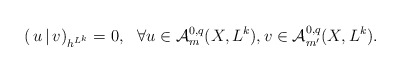
\begin{align*}(\,u\,|\,v)_{h^{L^k}}=0,\ \ \forall u\in\mathcal{A}^{0,q}_m(X,L^k), v\in\mathcal{A}^{0,q}_{m'}(X,L^k).\end{align*}